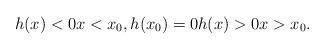
LaTeX: \begin{align*}h(x) < 0 x < x_0, h(x_0) = 0 h(x) > 0 x > x_0.\end{align*}